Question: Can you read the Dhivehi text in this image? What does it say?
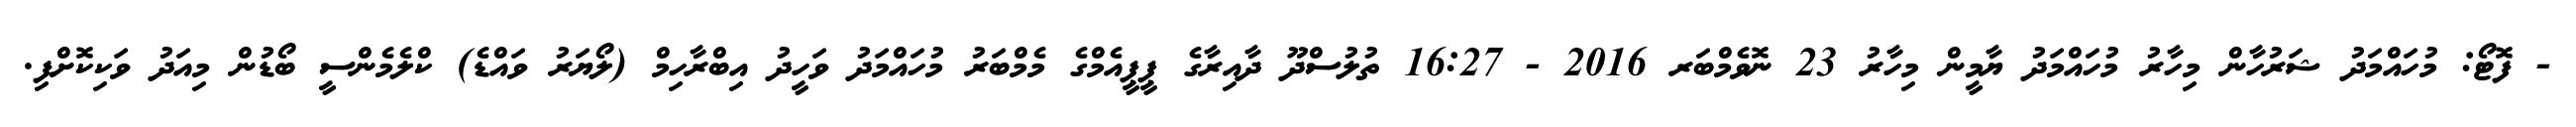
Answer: - ފޮޓޯ: މުހައްމަދު ޝަރުހާން މިހާރު މުހައްމަދު ޔާމީން މިހާރު 23 ނޮވެމްބަރ 2016 - 16:27 ތުލުސްދޫ ދާއިރާގެ ޕީޕީއެމްގެ މެމްބަރު މުހައްމަދު ވަހީދު އިބްރާހިމް (ލޯޔަރު ވައްޑެ) ކްލެމެންސީ ބޯޑުން މިއަދު ވަކިކޮށްފި.